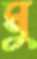
মু